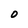
Character: 0